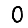
Digit: 0